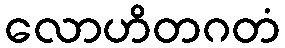
လောဟိတဂတံ